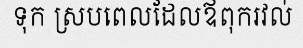
ទុក ស្របពេលដែលឪពុករវល់